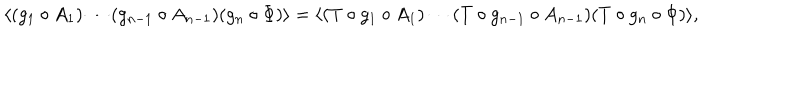
\langle ( g _ { 1 } \circ A _ { 1 } ) \cdots ( g _ { n - 1 } \circ A _ { n - 1 } ) ( g _ { n } \circ \Phi ) \rangle = \langle ( T \circ g _ { 1 } \circ A _ { 1 } ) \cdots ( T \circ g _ { n - 1 } \circ A _ { n - 1 } ) ( T \circ g _ { n } \circ \Phi ) \rangle ,